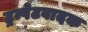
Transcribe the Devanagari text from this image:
ट्रम्पेटवादक